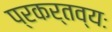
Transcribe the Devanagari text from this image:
प्रकर्तव्यः